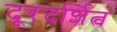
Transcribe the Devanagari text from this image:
दूरदर्शित्व